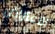
الاعتراض